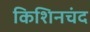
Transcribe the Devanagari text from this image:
किशिनचंद